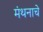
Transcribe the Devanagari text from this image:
मंथनाचे